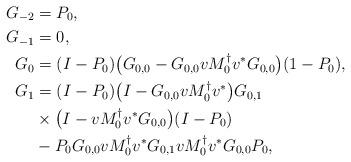
LaTeX: \begin{align*}G_{-2}&=P_0,\\G_{-1}&=0,\\G_{0}&=(I-P_0)\bigl(G_{0,0}-G_{0,0}vM_0^\dagger v^*G_{0,0}\bigr)(1-P_0),\\G_1&=(I-P_0)\bigl(I-G_{0,0}vM_0^\dagger v^*\bigr)G_{0,1}\\&\times\bigl(I-vM_0^\dagger v^*G_{0,0}\bigr)(I-P_0)\\&-P_0G_{0,0}vM_0^\dagger v^*G_{0,1}vM_0^\dagger v^*G_{0,0}P_0,\end{align*}